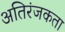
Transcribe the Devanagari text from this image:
अतिरंजकता